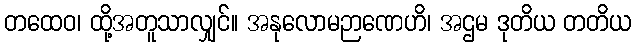
တထေဝ၊ ထို့အတူသာလျှင်။ အနုလောမဉာဏေဟိ၊ အဌမ ဒုတိယ တတိယ